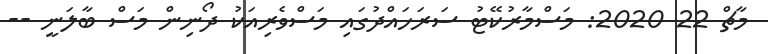
މާޗް 22 2020: މަސްމާރުކޭޓު ސަރަހައްދުގައި މަސްވެރިއަކު ދޯނިން މަސް ބާލަނީ --